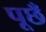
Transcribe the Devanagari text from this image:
पूछँ